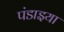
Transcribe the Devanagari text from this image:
पंडाइया